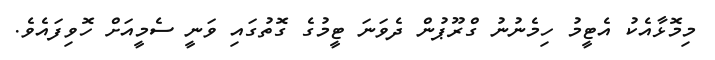
މިމޮޅާއެކު އެޓީމު ހިމެނުނު ގްރޫޕުން ދެވަނަ ޓީމުގެ ގޮތުގައި ވަނީ ސެމީއަށް ހޮވިފައެވެ.